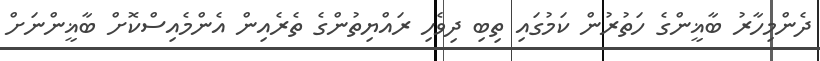
ދެންމިހާރު ބާޣީންގެ ހަތުރުން ކަމުގައި ތިބި ދިވެހި ރައްޔިތުންގެ ތެރެއިން އެންމެއިސްކޮށް ބާޣީންނަށް